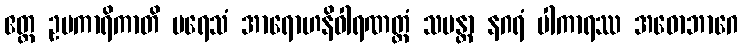
ဧတ္ထ ဥပကာရိကာတိ ပရေသံ အာရောဟနိဝါရဏတ္ထံ သမန္တာ နဂရံ ပါကာရဿ အဓောဘာဂေ